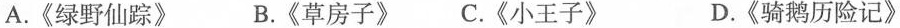
A.《绿野仙踪》 B.《草房子》 C.《小王子》 D.《骑鹅历险记》